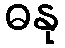
ဓနု